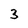
Character: 3